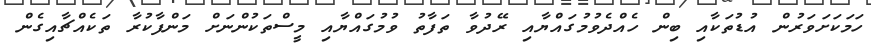
ހަމަކަށަވަރުން އުޑުތަކާއި ބިން ހެއްދެވުމުގައްޔާއި ރޭދުވާ ތަފާތު ވުމުގައްޔާއި މީސްތަކުންނަށް މަންފާކުރާ ތަކެއްޗާއިގެން